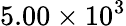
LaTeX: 5.00\times 10^{3}